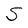
Character: S